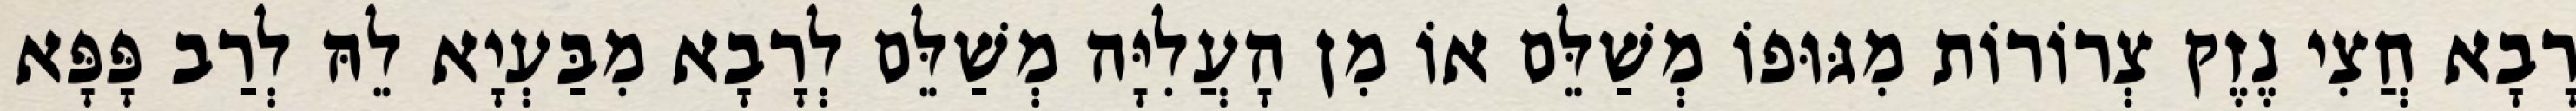
רָבָא חֲצִי נֶזֶק צְרוֹרוֹת מִגּוּפוֹ מְשַׁלֵּם אוֹ מִן הָעֲלִיָּה מְשַׁלֵּם לְרָבָא מִבַּעְיָא לֵהּ לְרַב פָּפָּא